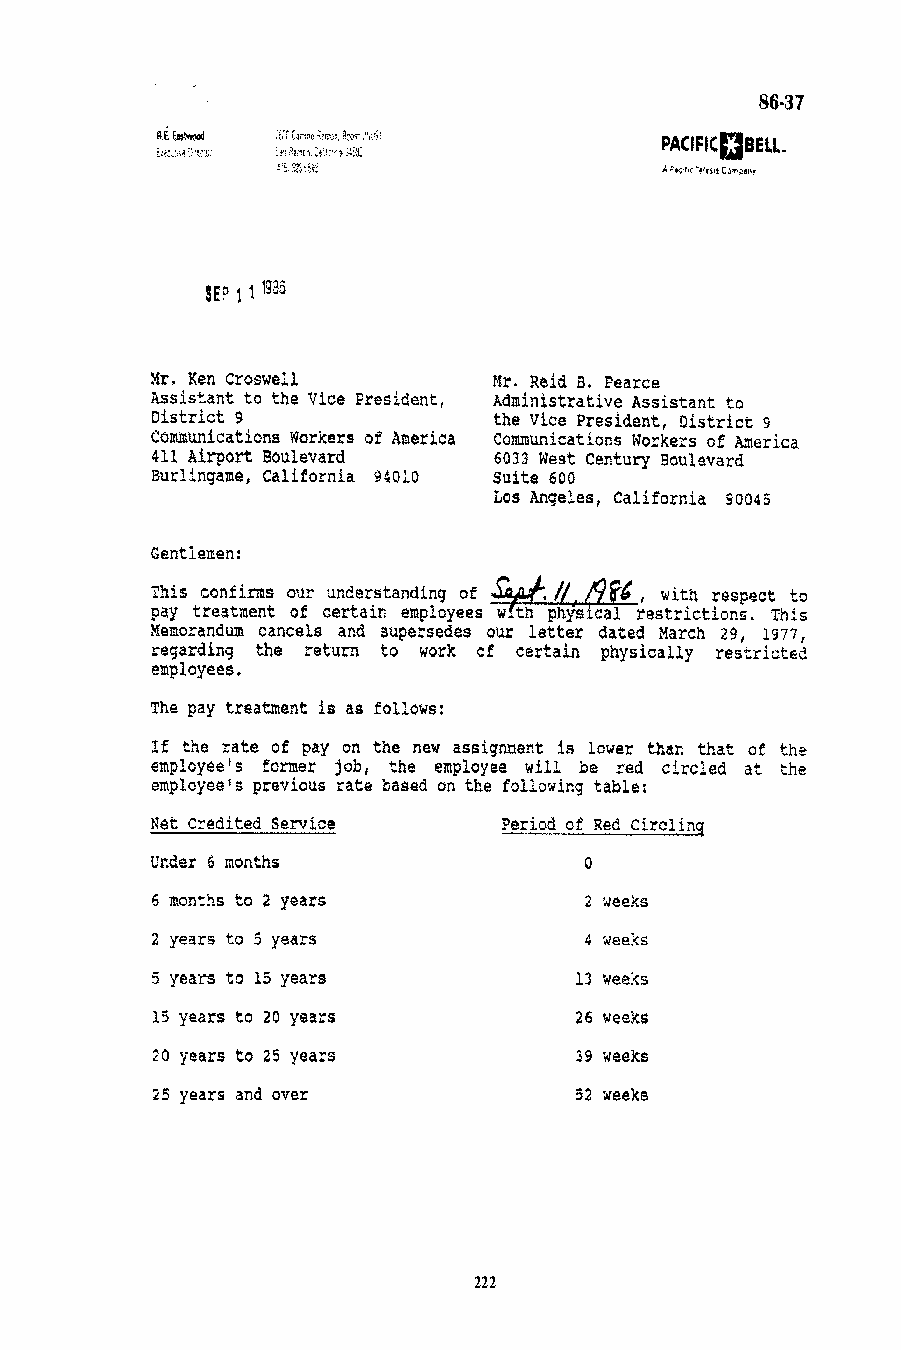
222222                                                   223
 222